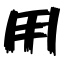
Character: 用